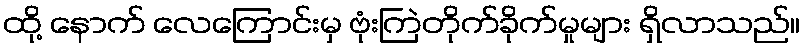
ထို့ နောက် လေကြောင်းမှ ဗုံးကြဲတိုက်ခိုက်မှုများ ရှိလာသည်။